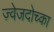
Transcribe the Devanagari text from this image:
ज़्वेजदोच्का